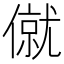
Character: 僦